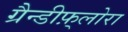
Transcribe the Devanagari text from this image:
ग्रैन्डीफ़्लोरा